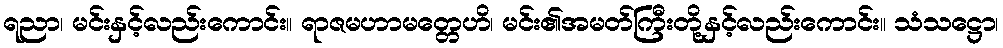
ရညာ၊ မင်းနှင့်လည်းကောင်း။ ရာဇမဟာမတ္တေဟိ၊ မင်း၏အမတ်ကြီးတို့နှင့်လည်းကောင်း။ သံသဋ္ဌော၊